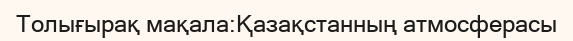
Толығырақ мақала:Қазақстанның атмосферасы